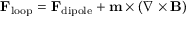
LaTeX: \mathbf { F } _ { \mathrm { l o o p } } = \mathbf { F } _ { \mathrm { d i p o l e } } + \mathbf { m } \times \left( \nabla \times \mathbf { B } \right)